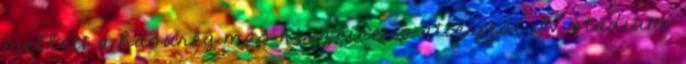
mellett a hasüreg más részeire is átterjedt IV. stádium: